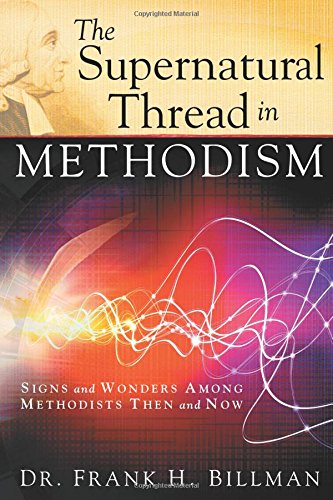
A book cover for The Supernatural Thread in Methodism: Signs and Wonders Among Methodists Then and Now; Frank Billman; Christian Books & Bibles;